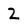
Character: 2